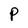
Character: P